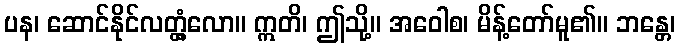
ပန၊ ဆောင်နိုင်လတ္တံ့လော။ ဣတိ၊ ဤသို့။ အဝေါစ၊ မိန့်တော်မူ၏။ ဘန္တေ၊